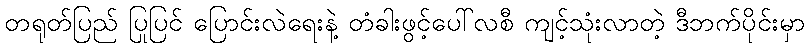
တရုတ်ပြည် ပြုပြင် ပြောင်းလဲရေးနဲ့ တံခါးဖွင့်ပေါ်လစီ ကျင့်သုံးလာတဲ့ ဒီဘက်ပိုင်းမှာ